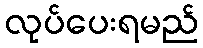
လုပ်ပေးရမည်